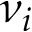
\nu _ { i }